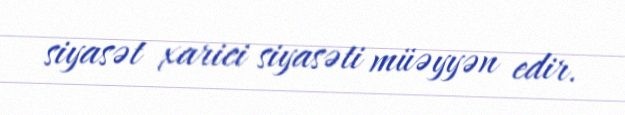
siyasət xarici siyasəti müəyyən edir.